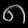
Digit: ၈